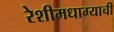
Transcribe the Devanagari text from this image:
रेशीमधाग्याची